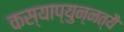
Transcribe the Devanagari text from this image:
कस्याप्युन्नत्यै